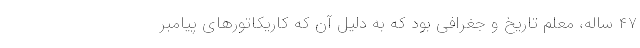
۴۷ ساله، معلم تاریخ و جغرافی بود که به دلیل آن که کاریکاتورهای پیامبر